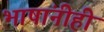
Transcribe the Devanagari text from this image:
भाषांनीही